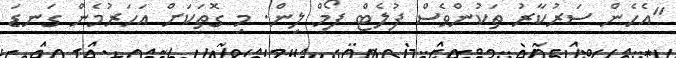
"އެހެން ސަރުކާރު ތަކުންވެސް ފުލެޓް ފޯމް ލިން. މި ގޮތަކަށް އަހަރުމެން ގަނޑަ